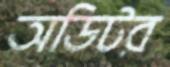
অডিটর